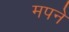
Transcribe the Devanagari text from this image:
मपने